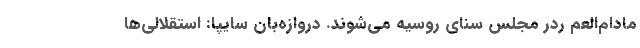
مادام‌العم ردر مجلس سنای روسیه می‌شوند. دروازه‌بان سایپا: استقلالی‌ها